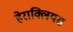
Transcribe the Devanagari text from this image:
हेराक्लियस